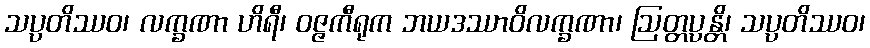
သပ္ပတိဿဝ၊ လက္ခဏာ ဟိရီ၊ ဝဇ္ဇကီရုက ဘယဒဿာဝိလက္ခဏာ၊ ဩတ္တပ္ပန္တိ၊ သပ္ပတိဿဝ၊